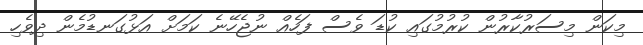
މިކަން މިސަރުކާރުން ކުރުމުގައި ކުޑަ ވެސް ފަހެއް ނުޖެހޭނެ ކަމަށް އަޅުގަނޑުމެން ދިވެހި